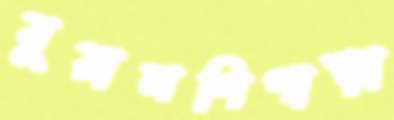
মুয়ালপিপাড়া